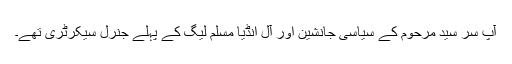
آپ سر سید مرحوم کے سیاسی جانشین اور آل انڈیا مسلم لیگ کے پہلے جنرل سیکرٹری تھے۔